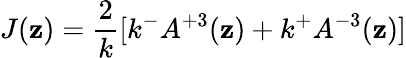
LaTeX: J(\mathbf{z})=\frac{{2}}{{k}}[k^{-}A^{+3}(\mathbf{z})+k^{+}A^{-3}(\mathbf{z})]